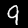
Label: 9